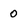
Character: 0